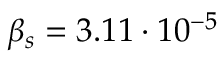
\beta _ { s } = 3 . 1 1 \cdot 1 0 ^ { - 5 }